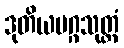
ဒုတိယမဂ္ဂသုတ္တံ